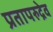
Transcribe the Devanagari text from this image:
प्रतापरुद्रेव